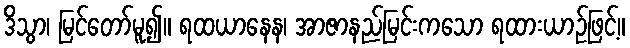
ဒိသွာ၊ မြင်တော်မူ၍။ ရထယာနေန၊ အာဇာနည်မြင်းကသော ရထားယာဉ်ဖြင့်။